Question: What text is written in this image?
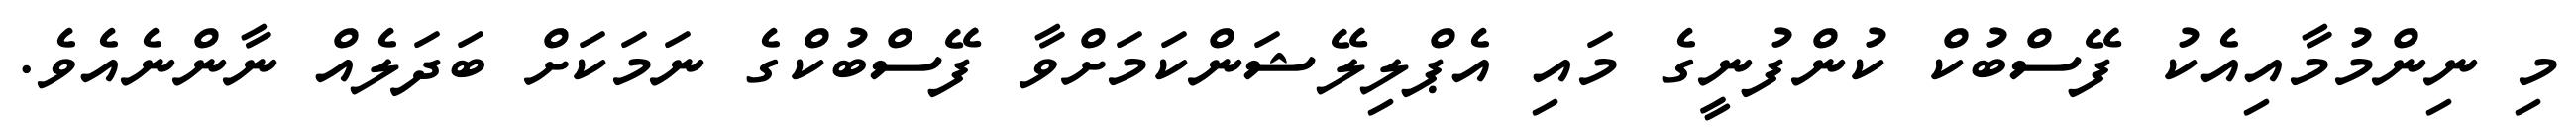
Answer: މި ނިންމުމާއިއެކު ފޭސްބުކް ކުންފުނީގެ މައި އެޕްލިލޭޝަންކަމަށްވާ ފޭސްބުކްގެ ނަމަކަށް ބަދަލެއް ނާންނެއެވެ.